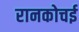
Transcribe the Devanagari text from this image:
रानकोचई